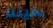
بقيتنا